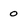
Character: 0